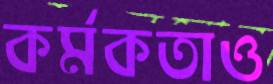
কর্মকতাও